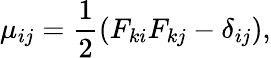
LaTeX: \mu_{ij}=\frac{1}{2}(F_{ki}F_{kj}-\delta_{ij}),